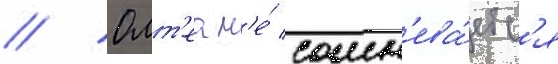
// Олт'еа н'е́ сомн'ева́етс'я